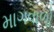
માગવાળો